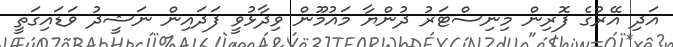
އަދި އޭރުގެ ފޮރިން މިނިސްޓަރު ދުންޔާ މައުމޫން ވިދާޅުވީ ފަދައިން ނަޝީދު ވަޑައިގަތީ